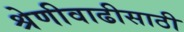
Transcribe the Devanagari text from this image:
श्रेणीवाढीसाठी